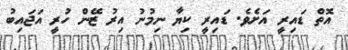
އޮތް ޑައިރީ އަށެވެ. ޑައިރީ ކިޔާ ނިމުނު އިރު ޒޭން ހުރީ އަޖައިބު